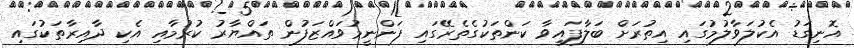
އޮނިގަޑު އެކުލަވާލުމުގައި އިތުރަށް ބަލާފައިވާ ކަންތަކުގެތެރޭގައި ފަންނީމުވައްޒަފުން ތައްޔާރު ކުރުމާއި އެކި ދާއިރާތަކުގައި